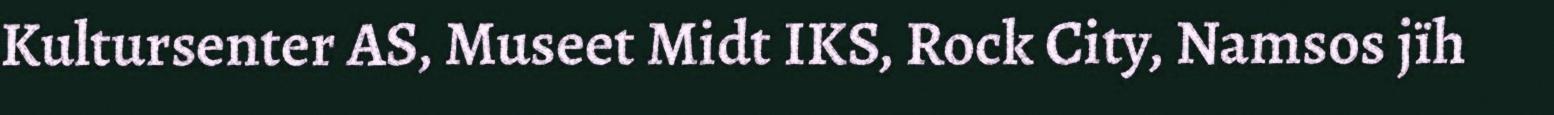
Kultursenter AS, Museet Midt IKS, Rock City, Namsos jïh